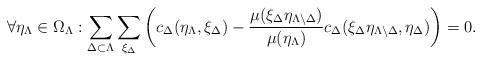
LaTeX: \begin{align*} \forall \eta_\Lambda \in \Omega_\Lambda: \sum_{\Delta \subset \Lambda}\sum_{\xi_\Delta}\left(c_\Delta(\eta_\Lambda, \xi_\Delta) - \frac{\mu(\xi_\Delta \eta_{\Lambda \setminus \Delta})}{\mu(\eta_\Lambda)}c_\Delta(\xi_\Delta\eta_{\Lambda \setminus \Delta}, \eta_\Delta)\right) = 0. \end{align*}